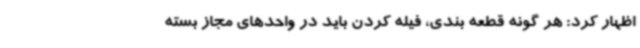
اظهار کرد: هر گونه قطعه بندی، فیله کردن باید در واحدهای مجاز بسته